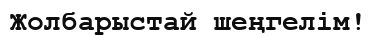
Жолбарыстай шеңгелім!